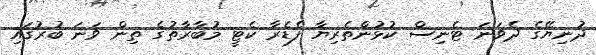
ދުނިޔޭގެ ދެވަނަ ޓެނިސް ކުޅުންތެރިޔާ ފެޑެރާ ކެޓީ މުބާރާތުގެ ތިން ވަނަ ބުރުގައި